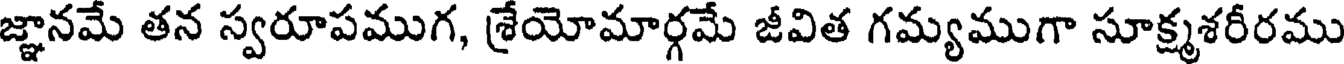
జ్ఞానమే తన స్వరూపముగ, శ్రేయోమార్గమే జీవిత గమ్యముగా సూక్ష్మశరీరము